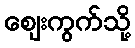
ဈေးကွက်သို့